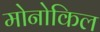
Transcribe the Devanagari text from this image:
मोनोकिल